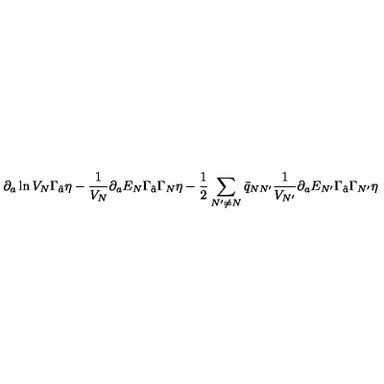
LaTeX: \partial _ { a } \ln V _ { N } \Gamma _ { \hat { a } } \eta - { \frac { 1 } { V _ { N } } } \partial _ { a } E _ { N } \Gamma _ { \hat { a } } \Gamma _ { N } \eta - { \frac { 1 } { 2 } } \sum _ { N ^ { \prime } \neq N } \bar { q } _ { N N ^ { \prime } } { \frac { 1 } { V _ { N ^ { \prime } } } } \partial _ { a } E _ { N ^ { \prime } } \Gamma _ { \hat { a } } \Gamma _ { N ^ { \prime } } \eta \qquad \qquad